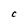
Character: C